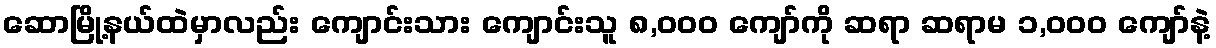
ဆောမြို့နယ်ထဲမှာလည်း ကျောင်းသား ကျောင်းသူ ၈,၀၀ဝ ကျော်ကို ဆရာ ဆရာမ ၁,၀၀၀ ကျော်နဲ့